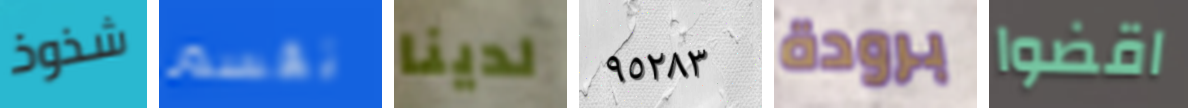
شذوذ تقسم لدينا ٩٥٢٨٣ برودة اقضوا